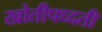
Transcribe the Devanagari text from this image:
खोतीपध्दती